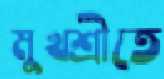
মুখশ্রীতে